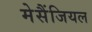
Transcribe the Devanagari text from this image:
मेसैंजियल